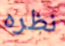
نظره